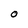
Character: O